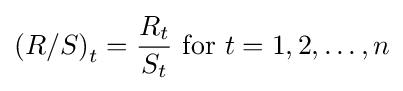
\left(R/S\right)_{t}={\frac {R_{t}}{S_{t}}}{\text{  for }}t=1,2,\dots ,n